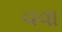
વવા